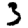
Digit: 3